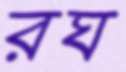
রঘ